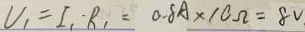
V _ { 1 } = I _ { 1 } \cdot R _ { 1 } = 0 . 8 A \times 1 0 \Omega = 8 V _ { \cdot }